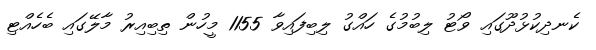
ކެނދިކުޅުދޫގައި ވޯޓު ލިބުމުގެ ހައްގު ލިބިފައިވާ 1155 މީހުން ތިބިއިރު މާލޭގައި ބެހެއްޓި